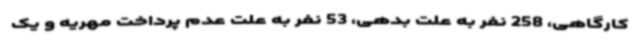
کارگاهی، 258 نفر به علت بدهی، 53 نفر به علت عدم پرداخت مهریه و یک